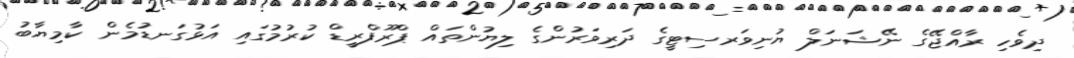
ދިވެހި ރާއްޖޭގެ ނޭޝަނަލް ޔުނިވަރސިޓީގެ ދަރިވަރުންގެ ލިޔުންތައް ޕްރޫފްރީޑް ކުރުމުގައި އަޅުގަނޑުމެން ކާމިޔާބު